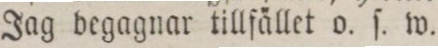
Jag begagnar tillfället o. ſ. w.